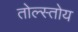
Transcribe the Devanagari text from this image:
तोल्स्तोय